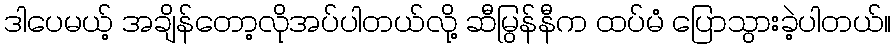
ဒါပေမယ့် အချိန်တော့လိုအပ်ပါတယ်လို့ ဆီမြွန်နီက ထပ်မံ ပြောသွားခဲ့ပါတယ်။